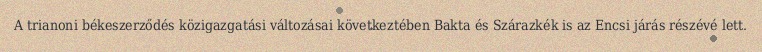
A trianoni békeszerződés közigazgatási változásai következtében Bakta és Szárazkék is az Encsi járás részévé lett.